system: You are a helpful assistant.
user:
Analyze the provided spectrum to determine if it is a **Carbon Star (C-type)**.

- **Key Visual Indicators of Carbon Star:**
    - **(Primary):** Strong molecular absorption from **C₂ (diatomic carbon) "Swan Bands."** This is the **defining feature** of a carbon star.
        - **(Key Bandheads):** Sharp absorption edges are visible at approximately $5635$ Å, $5165$ Å (the strongest band), and $4737$ Å.
        - **(Line Profile):** Creates a distinct **"saw-tooth"** pattern. The key morphology is a sharp, steep bandhead on the **red (long-wavelength) side**, which then gradually tapers off (i.e., flux recovers) towards the **blue (short-wavelength) side**. *(This is the direct opposite of the TiO bands seen in M-type stars)*.

    - **(Secondary):** Intense **CN (cyanogen)** molecular absorption bands.
        - **(Key Bandheads):** Located in the blue and violet regions of the spectrum (e.g., near $4215$ Å and $3883$ Å).
        - **(Morphology):** These bands are extremely broad and act as a "blanket," absorbing the vast majority of blue and violet light. This creates a characteristic **"cliff"** or **"steep drop-off"** in the spectrum's flux at short wavelengths.

    - **(Key Confirmation):** Strong **CH absorption band (G-band)**.
        - **(Key Bandhead):** Located around $4300$ Å. The contribution from CH molecules to this band is exceptionally strong.

    - **(Overall Spectrum):**
        - The continuum is severely "chopped up" by these deep molecular bands, especially C₂, rather than appearing as a smooth curve.
        - Due to the heavy CN and C₂ absorption in the blue-green, the vast majority of the star's flux is concentrated in the red part of the spectrum, giving the star its characteristic deep red color.

Think first, call **spectral_visualization_tool** if needed to examine features in detail, then provide your final answer. Your response must adhere to the following strict rules:
1.  **Overall Structure:** Your response must follow the format `<think>...</think> <tool_call>...</tool_call> (if a tool is used) <answer>...</answer>`.
2.  **Tool Usage Constraint:** You may only make **one** tool call per turn.
3.  **Final Answer Format:** In the `<answer>` tag, your conclusion must be inside a `\boxed{}` command (e.g., `\boxed{YES}`), followed by your justification.

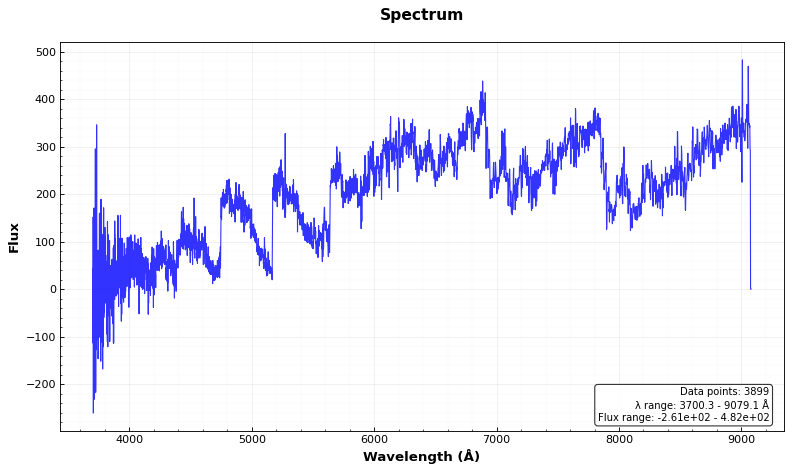
Answer: YES